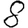
Digit: 8